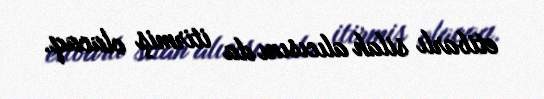
etibarlı silah alıcısını da itirmiş olacaq.